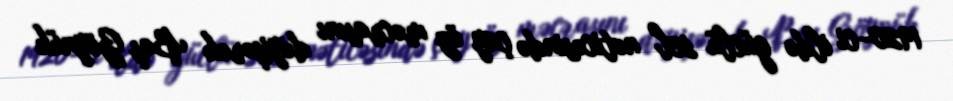
1920-ci ildə güclü sel nəticəsində çay öz məcrasını dəyişərək Baş Göynük